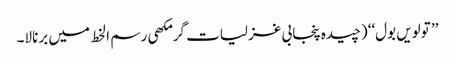
’’ تولویں بول‘‘ (چیدہ پنجابی غزلیات گرمکھی رسم ا لخط میں برنالا۔